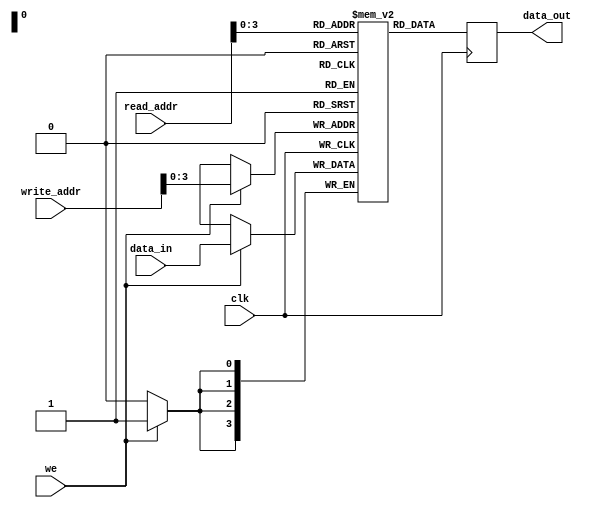
`timescale 1ns / 1ps
//////////////////////////////////////////////////////////////////////////////////
// Company: 
// Engineer: 
// 
// Design Name: 
// Module Name: dual_port_RAM
// Project Name: 
// Target Devices: 
// Tool Versions: 
// Description: 
// 
// Dependencies: 
// 
// Revision:
// Revision 0.01 - File Created
// Additional Comments:
// 
//////////////////////////////////////////////////////////////////////////////////


module dual_port_RAM
#(
    parameter DATA_WIDTH = 4,
    parameter ADDR_WIDTH = 6
)
(
    input we,
    input clk,
    input [(DATA_WIDTH-1):0] data_in,
    input [(ADDR_WIDTH-1):0] read_addr,
    input [(ADDR_WIDTH-1):0] write_addr,
    output reg[(DATA_WIDTH-1):0] data_out
);

    reg [(DATA_WIDTH-1):0] dp_ram [0:(2*ADDR_WIDTH-1)];
    always @(posedge clk)
        begin
            if (we)
                dp_ram [write_addr] <= data_in;
            data_out <= dp_ram[read_addr];
        end
endmodule